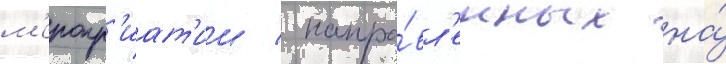
м'еропр'иат'ии / напра́вл'енных на́